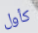
كأول